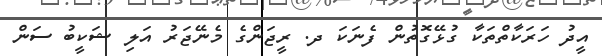
އީދު ހަރަކާތްތަކާ ގުޅޭގޮތުން ފެނަކަ ދ. ރީޖަންގެ މެނޭޖަރު އަލި ޝަކީބު ސަން